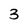
Character: 3